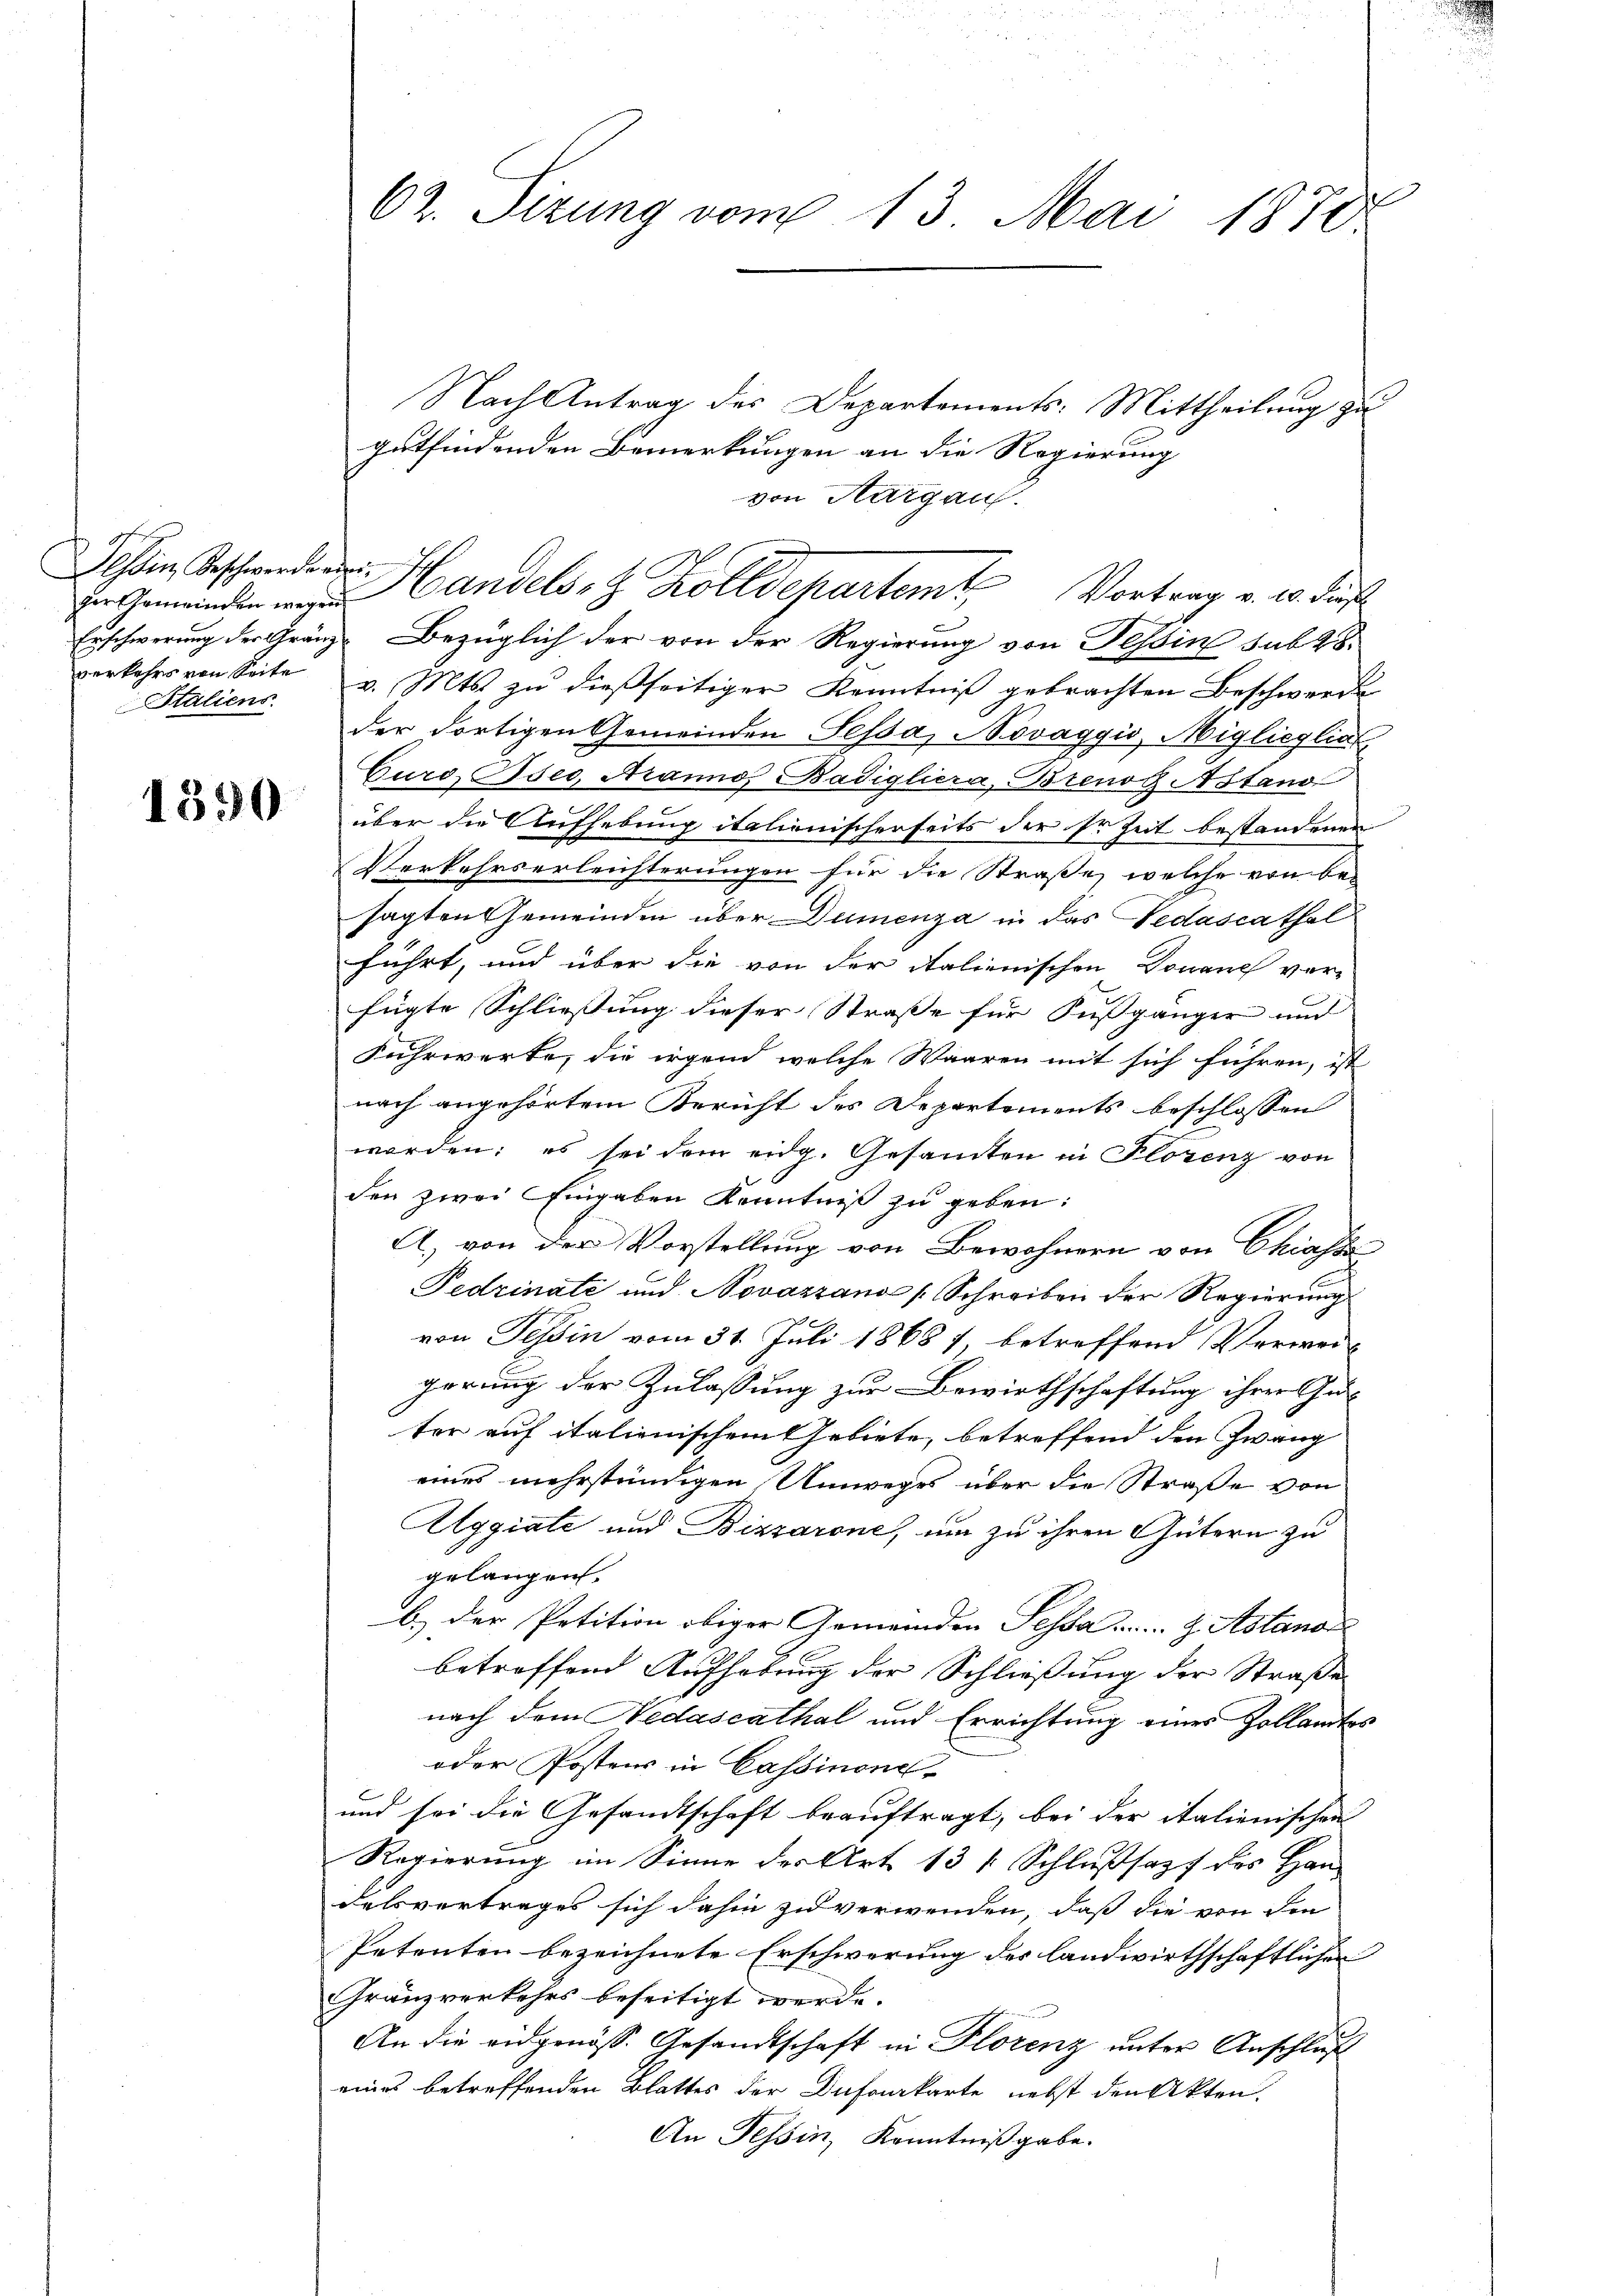
essin, Geschwerde eini
verkehrs von Seite
Italiens

1390

62. Sizung vom 13. Mai 1870.

Nach Antrag des Departements: Mittheilung zu
gutfindenden Bemerkungen an die Regierung
von Aargau.
Erschwerung der Gränz-Bezüglich der von der Regierung von Tessin sub 28.
v. Mts. zu dießseitiger Kenntniß gebrachten Beschwerde
der dortigen Gemeinden Pessa, Novaggio Miglieglin
Curo Oser, Arannos Badigliera, Brenoz Astand
über die Aufhebung italienischenseits der Erzeit bestandenen
Verkehrserleichterungen für die Straße, welche von besagten Gemeinden über Dumenza in das Fedascathal
führt, und über die von der Italienischen Donauch ver-
fügte Schließung dieser Straße für Fußgänger und
Fuhrwerke, die irgend welche Waaren mit sich führen, ist
nach angehörtem Bericht des Departements beschlossen
worden; es sei dem eidg. Gesandten in Florenz von
den zwei Eingaben Kenntniß zu geben:
A. von der Vorstellung von Bewohnern von Chiasse
Pedrinate und Novazzano Schreiben der Regierung
von Tessin vom 31. Juli 18687, betreffend Verweigörung der Zulassung zur Bewirthschaftung ihrer Guter auf italienischem Gebiete, betreffend den Zwang
eines mehrständigen Umweges über die Straße von
Aggiale und Bizzarone, um zu ihren Gütern zu
gelangen.
b.) Der Petition obiger Gemeinden Fessa . . . J. Astano
betreffend Aufhebung der Schliessung der Straße
nach dem Nedascathal und Errichtung eines Zollamte
oder Postens in Cassinone
und sei die Gesandtschaft beauftragt, bei der italienischen
Regierung im Sinne der Art. 13 1 Schlußsapf des Handelsvertrages sich dahin zu verwenden, dass die von den
Petenten bezeichnete Erschwerung des landwirthschaftlichen
Gränzverkehrs beseitigt werde.
An die eidgenöss. Gesandtschaft in Florenz unter Anschluß
eines betreffenden Blattes der Dufourkarte nebst den Akten.
An Tessin, Kenntnißgabe.

Gemeinden andels- & Zolldepartemt Vortrag v. 10. dies